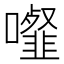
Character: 𩐉